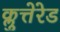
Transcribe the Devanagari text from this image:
क्लुत्तेरेड